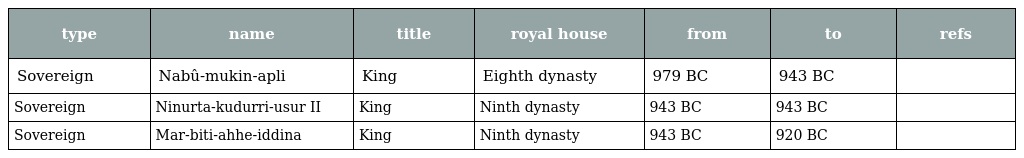
| type | name | title | royal house | from | to | refs |
 | --- | --- | --- | --- | --- | --- | --- |
 | Sovereign | Nabû-mukin-apli | King | Eighth dynasty | 979 BC | 943 BC |  |
 | Sovereign | Ninurta-kudurri-usur II | King | Ninth dynasty | 943 BC | 943 BC |  |
 | Sovereign | Mar-biti-ahhe-iddina | King | Ninth dynasty | 943 BC | 920 BC |  |